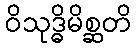
ဝိသုဒ္ဓိမိစ္ဆတိ